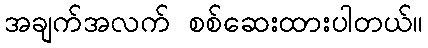
အချက်အလက် စစ်ဆေးထားပါတယ်။